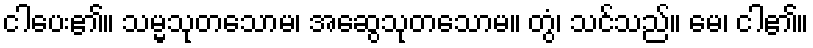
ငါပေး၏။ သမ္မသုတသောမ၊ အဆွေသုတသောမ။ တွံ၊ သင်သည်။ မေ၊ ငါ၏။